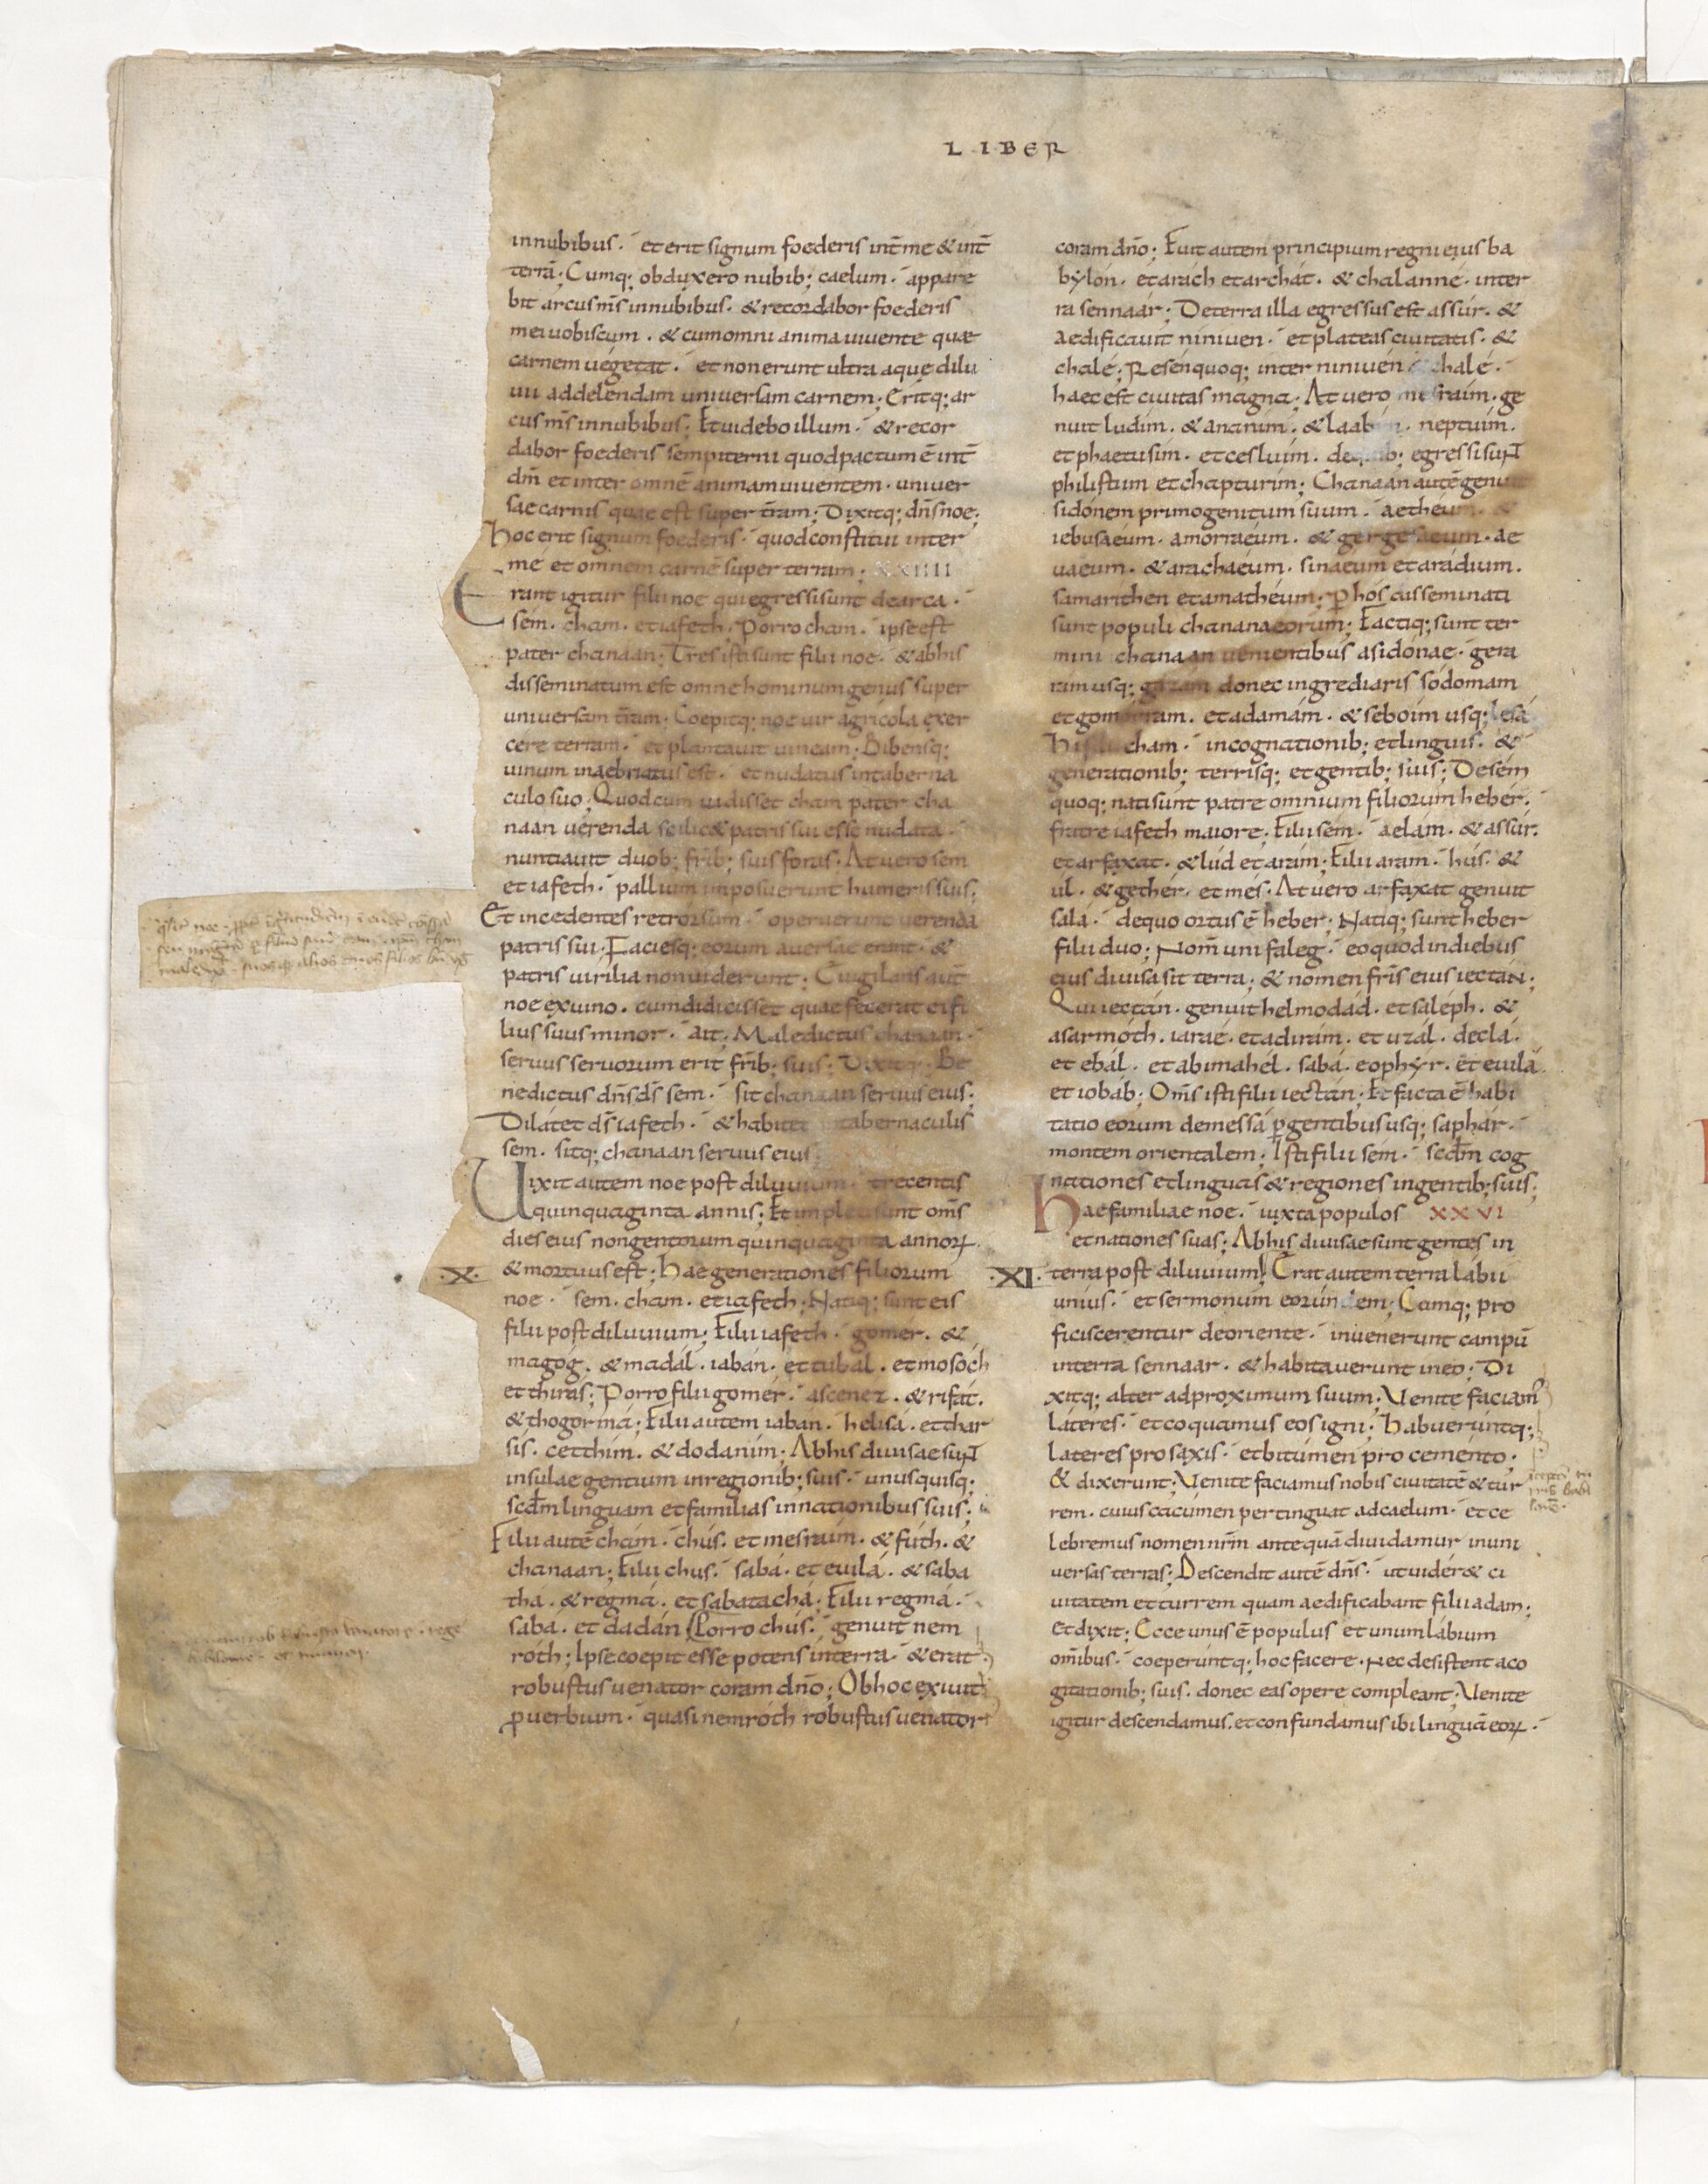
Shelfmark: Paris, BnF, lat. 15176
Century: 11